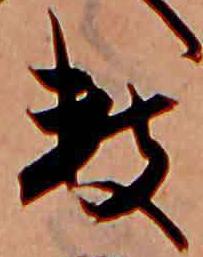
数